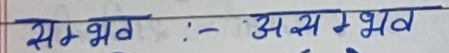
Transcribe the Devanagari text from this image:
सम्भव :- असम्भव